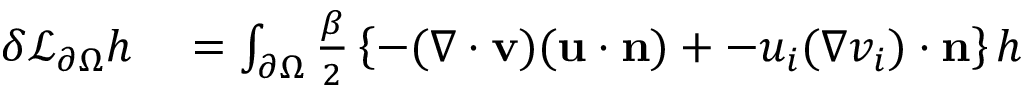
\begin{array} { r l } { \delta \mathcal { L } _ { \partial \Omega } h } & { { } = \int _ { \partial \Omega } \frac { \beta } { 2 } \left\{ - ( \nabla \cdot \mathbf { v } ) ( \mathbf { u } \cdot \mathbf { n } ) + - u _ { i } ( \nabla v _ { i } ) \cdot \mathbf { n } \right\} h } \end{array}